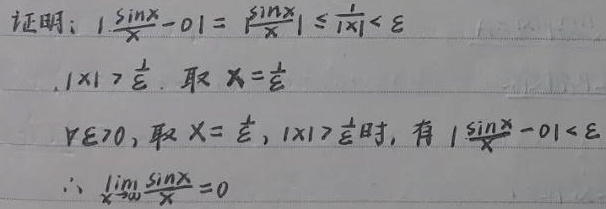
证明：
\[
\begin{align*}
\left|\frac{\sin x}{x}-0\right|&=\left|\frac{\sin x}{x}\right|\\
&\leq\frac{1}{|x|}\\
&<\varepsilon
\end{align*}
\]
因为\(|x|>\frac{1}{\varepsilon}\)，取\(X = \frac{1}{\varepsilon}\)。

\(\forall\varepsilon>0\)，取\(X=\frac{1}{\varepsilon}\)，当\(|x|>\frac{1}{\varepsilon}\)时，有\(\left|\frac{\sin x}{x}-0\right|<\varepsilon\)。

\(\therefore\lim_{x \to \infty}\frac{\sin x}{x}=0\)